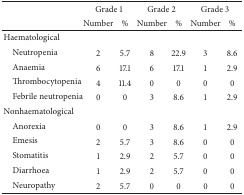
|  | <COLSPAN=2> Grade 1 | <COLSPAN=2> Grade 2 | <COLSPAN=2> Grade 3 |
 |  | Number | % | Number | % | Number | % |
 | --- | --- | --- | --- | --- | --- | --- |
 | Haematological |  |  |  |  |  |  |
 | Neutropenia | 2 | 5.7 | 8 | 22.9 | 3 | 8.6 |
 | Anaemia | 6 | 17.1 | 6 | 17.1 | 1 | 2.9 |
 | Thrombocytopenia | 4 | 11.4 | 0 | 0 | 0 | 0 |
 | Febrile neutropenia | 0 | 0 | 3 | 8.6 | 1 | 2.9 |
 | Nonhaematological |  |  |  |  |  |  |
 | Anorexia | 0 | 0 | 3 | 8.6 | 1 | 2.9 |
 | Emesis | 2 | 5.7 | 3 | 8.6 | 0 | 0 |
 | Stomatitis | 1 | 2.9 | 2 | 5.7 | 0 | 0 |
 | Diarrhoea | 1 | 2.9 | 2 | 5.7 | 0 | 0 |
 | Neuropathy | 2 | 5.7 | 0 | 0 | 0 | 0 |